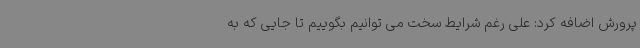
پرورش اضافه کرد: علی رغم شرایط سخت می توانیم بگوییم تا جایی که به